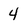
Character: 4